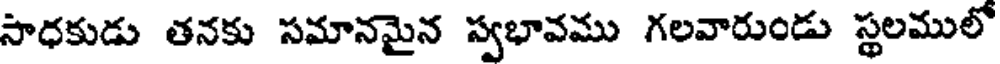
సాధకుడు తనకు సమానమైన స్వభావము గలవారుండు స్థలములో